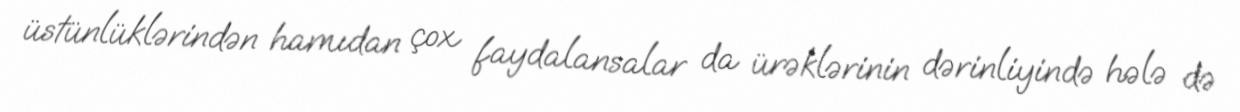
üstünlüklərindən hamıdan çox faydalansalar da ürəklərinin dərinliyində hələ də